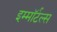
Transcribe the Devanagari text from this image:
इम्माॅर्टल्स